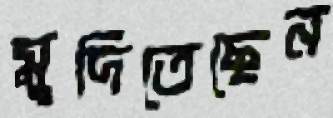
মুদিতেছেন